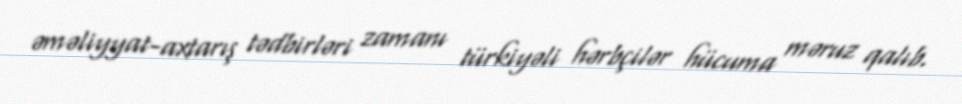
əməliyyat-axtarış tədbirləri zamanı türkiyəli hərbçilər hücuma məruz qalıb.